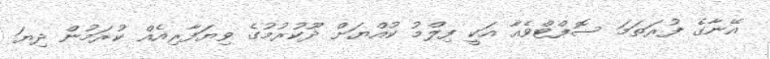
އޭނާގެ ފުރަތަމަ ސޮފްޓްވެއާ އަކީ ފިލްމު ކުއްޔަށް ދޫކުރުމުގެ ވިޔަފާރިއެއް ކުރަމުން ދިޔަ